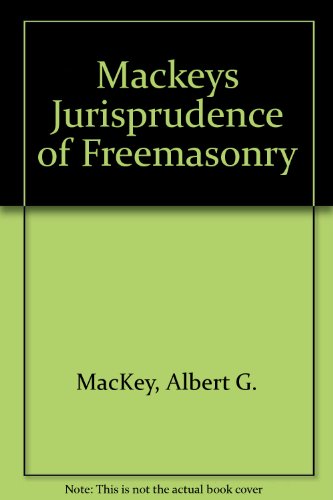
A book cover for Mackeys Jurisprudence of Freemasonry; Albert G. MacKey; Religion & Spirituality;